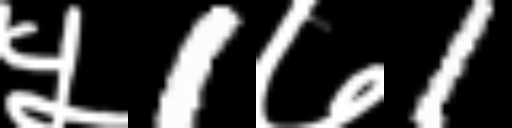
Text: ५1७1